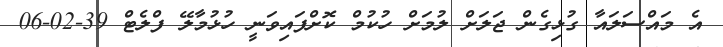
އެ މައްސަލައާ ގުޅިގެން ޖަލަށް ލުމަށް ހުކުމް ކޮށްފައިވަނީ ހުޅުމާލޭ ފްލެޓް 39-02-06